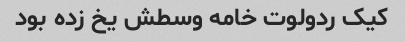
کیک ردولوت خامه وسطش یخ زده بود